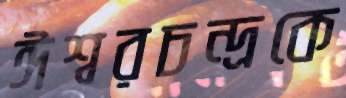
ঈশ্বরচন্দ্রকে